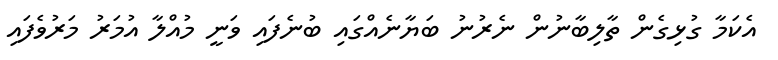
އެކަމާ ގުޅިގެން ތާލިބާނުން ނެރުނު ބަޔާނެއްގައި ބުނެފައި ވަނީ މުއްލާ އުމަރު މަރުވެފައި